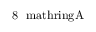
8 \ \mathrm { \ m a t h r i n g { A } }